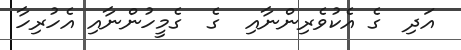
އަދި  ގެ އެކުވެރިންނާއި  ގެ  ގެމީހުންނާއި އެހުރިހާ